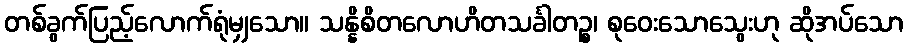
တစ်ခွက်ပြည့်လောက်ရုံမျှသော။ သန္နိစိတလောဟိတသင်္ခါတဉ္စ၊ စုဝေးသောသွေးဟု ဆိုအပ်သော